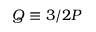
Q \equiv 3 / 2 P